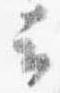
云